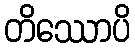
တိဿောပိ